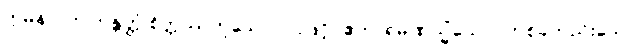
ဣမိနာ၊ ဤဘန္တတ္တံ စိတ္တဿဟူသော ပါဌ်ဖြင့်။ ဧကာရမဏသ္မိံယေဝ၊ တစ်ခုတည်းသော